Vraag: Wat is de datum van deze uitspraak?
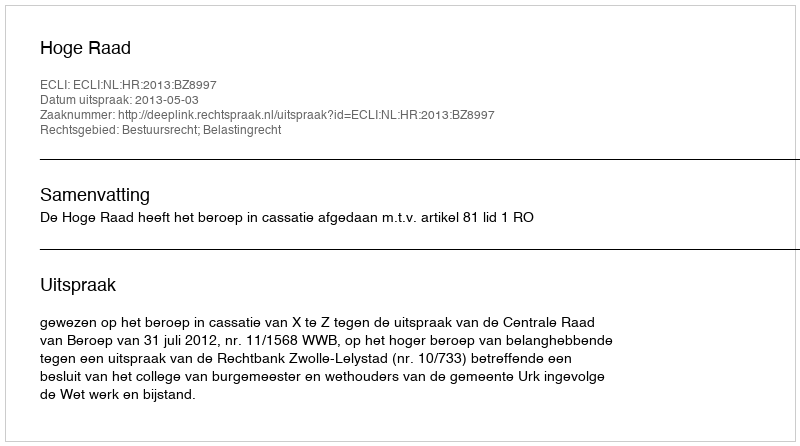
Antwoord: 2013-05-03